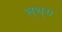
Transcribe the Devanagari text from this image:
तथ्‌य